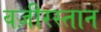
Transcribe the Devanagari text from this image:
वज़ीरस्तान